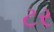
ટર